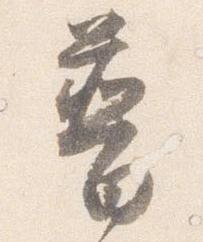
普